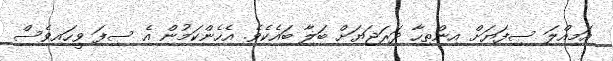
އަމިއްލަ ސިފަޔަށް އިންތިހާ ދަރަޖަޔަށް ބަލާ ބައެކެވެ. އެހެންކަމުން އެ ސިފަ ވީހައިވެސް